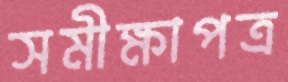
সমীক্ষাপত্র